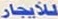
للأيجار